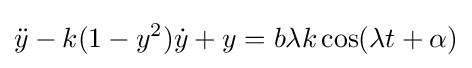
{\ddot {y}}-k(1-y^{2}){\dot {y}}+y=b\lambda k\cos(\lambda t+\alpha )